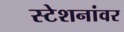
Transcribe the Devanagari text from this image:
स्टेशनांवर